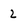
Character: 2